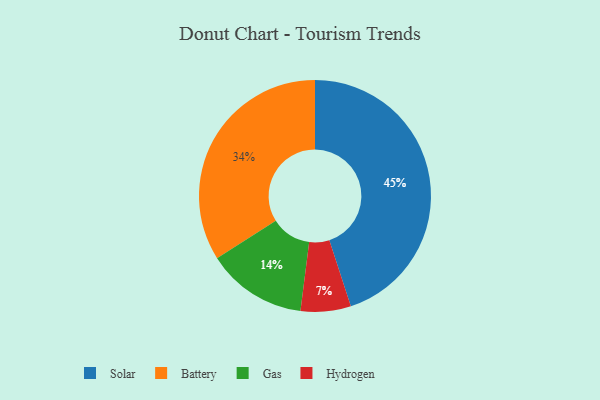
{"axis": {"x": "Category", "y": "Percentage"}, "legend": ["Battery", "Gas", "Hydrogen", "Solar"], "data": [{"x": "Solar", "y": 45, "type": "Solar"}, {"x": "Battery", "y": 34, "type": "Battery"}, {"x": "Hydrogen", "y": 7, "type": "Hydrogen"}, {"x": "Gas", "y": 14, "type": "Gas"}]}